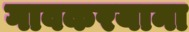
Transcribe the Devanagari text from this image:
गावकरयाना